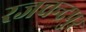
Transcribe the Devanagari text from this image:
रजचन्द्रपुर